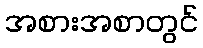
အစားအစာတွင်